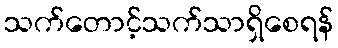
သက်တောင့်သက်သာရှိစေရန်